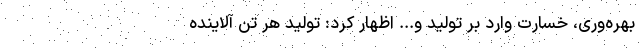
بهره‌وری، خسارت وارد بر تولید و... اظهار کرد: تولید هر تن آلاینده